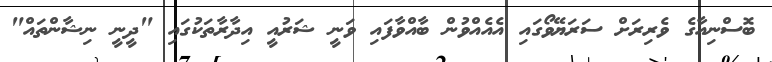
ބޮސްނިއާގެ ވެރިރަށް ސަރަޔޭވޯގައި އެއެއްވުން ބާއްވާފައި ވަނީ ޝަރުއީ އިދާރާތަކުގައި "ދީނީ ނިޝާންތައް"